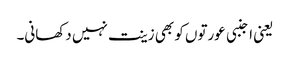
یعنی اجنبی عورتوں کو بھی زینت نہیں دکھانی۔